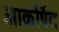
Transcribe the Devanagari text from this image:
आकर्षित